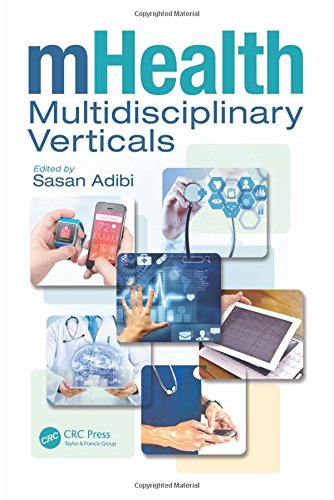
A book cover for mHealth Multidisciplinary Verticals; Medical Books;